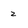
Character: z